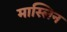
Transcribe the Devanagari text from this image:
मास्लिन